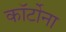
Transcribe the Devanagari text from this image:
कॉर्टोना